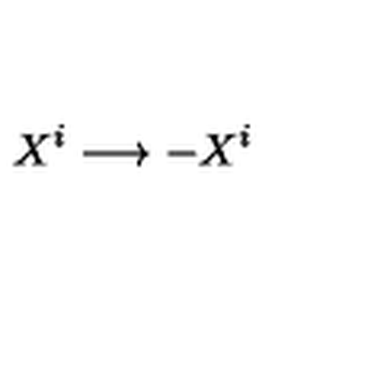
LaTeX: X ^ { i } \longrightarrow - X ^ { i }